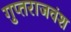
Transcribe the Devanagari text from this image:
गुप्तराजवंश